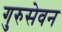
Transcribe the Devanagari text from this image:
गुरुसेवन